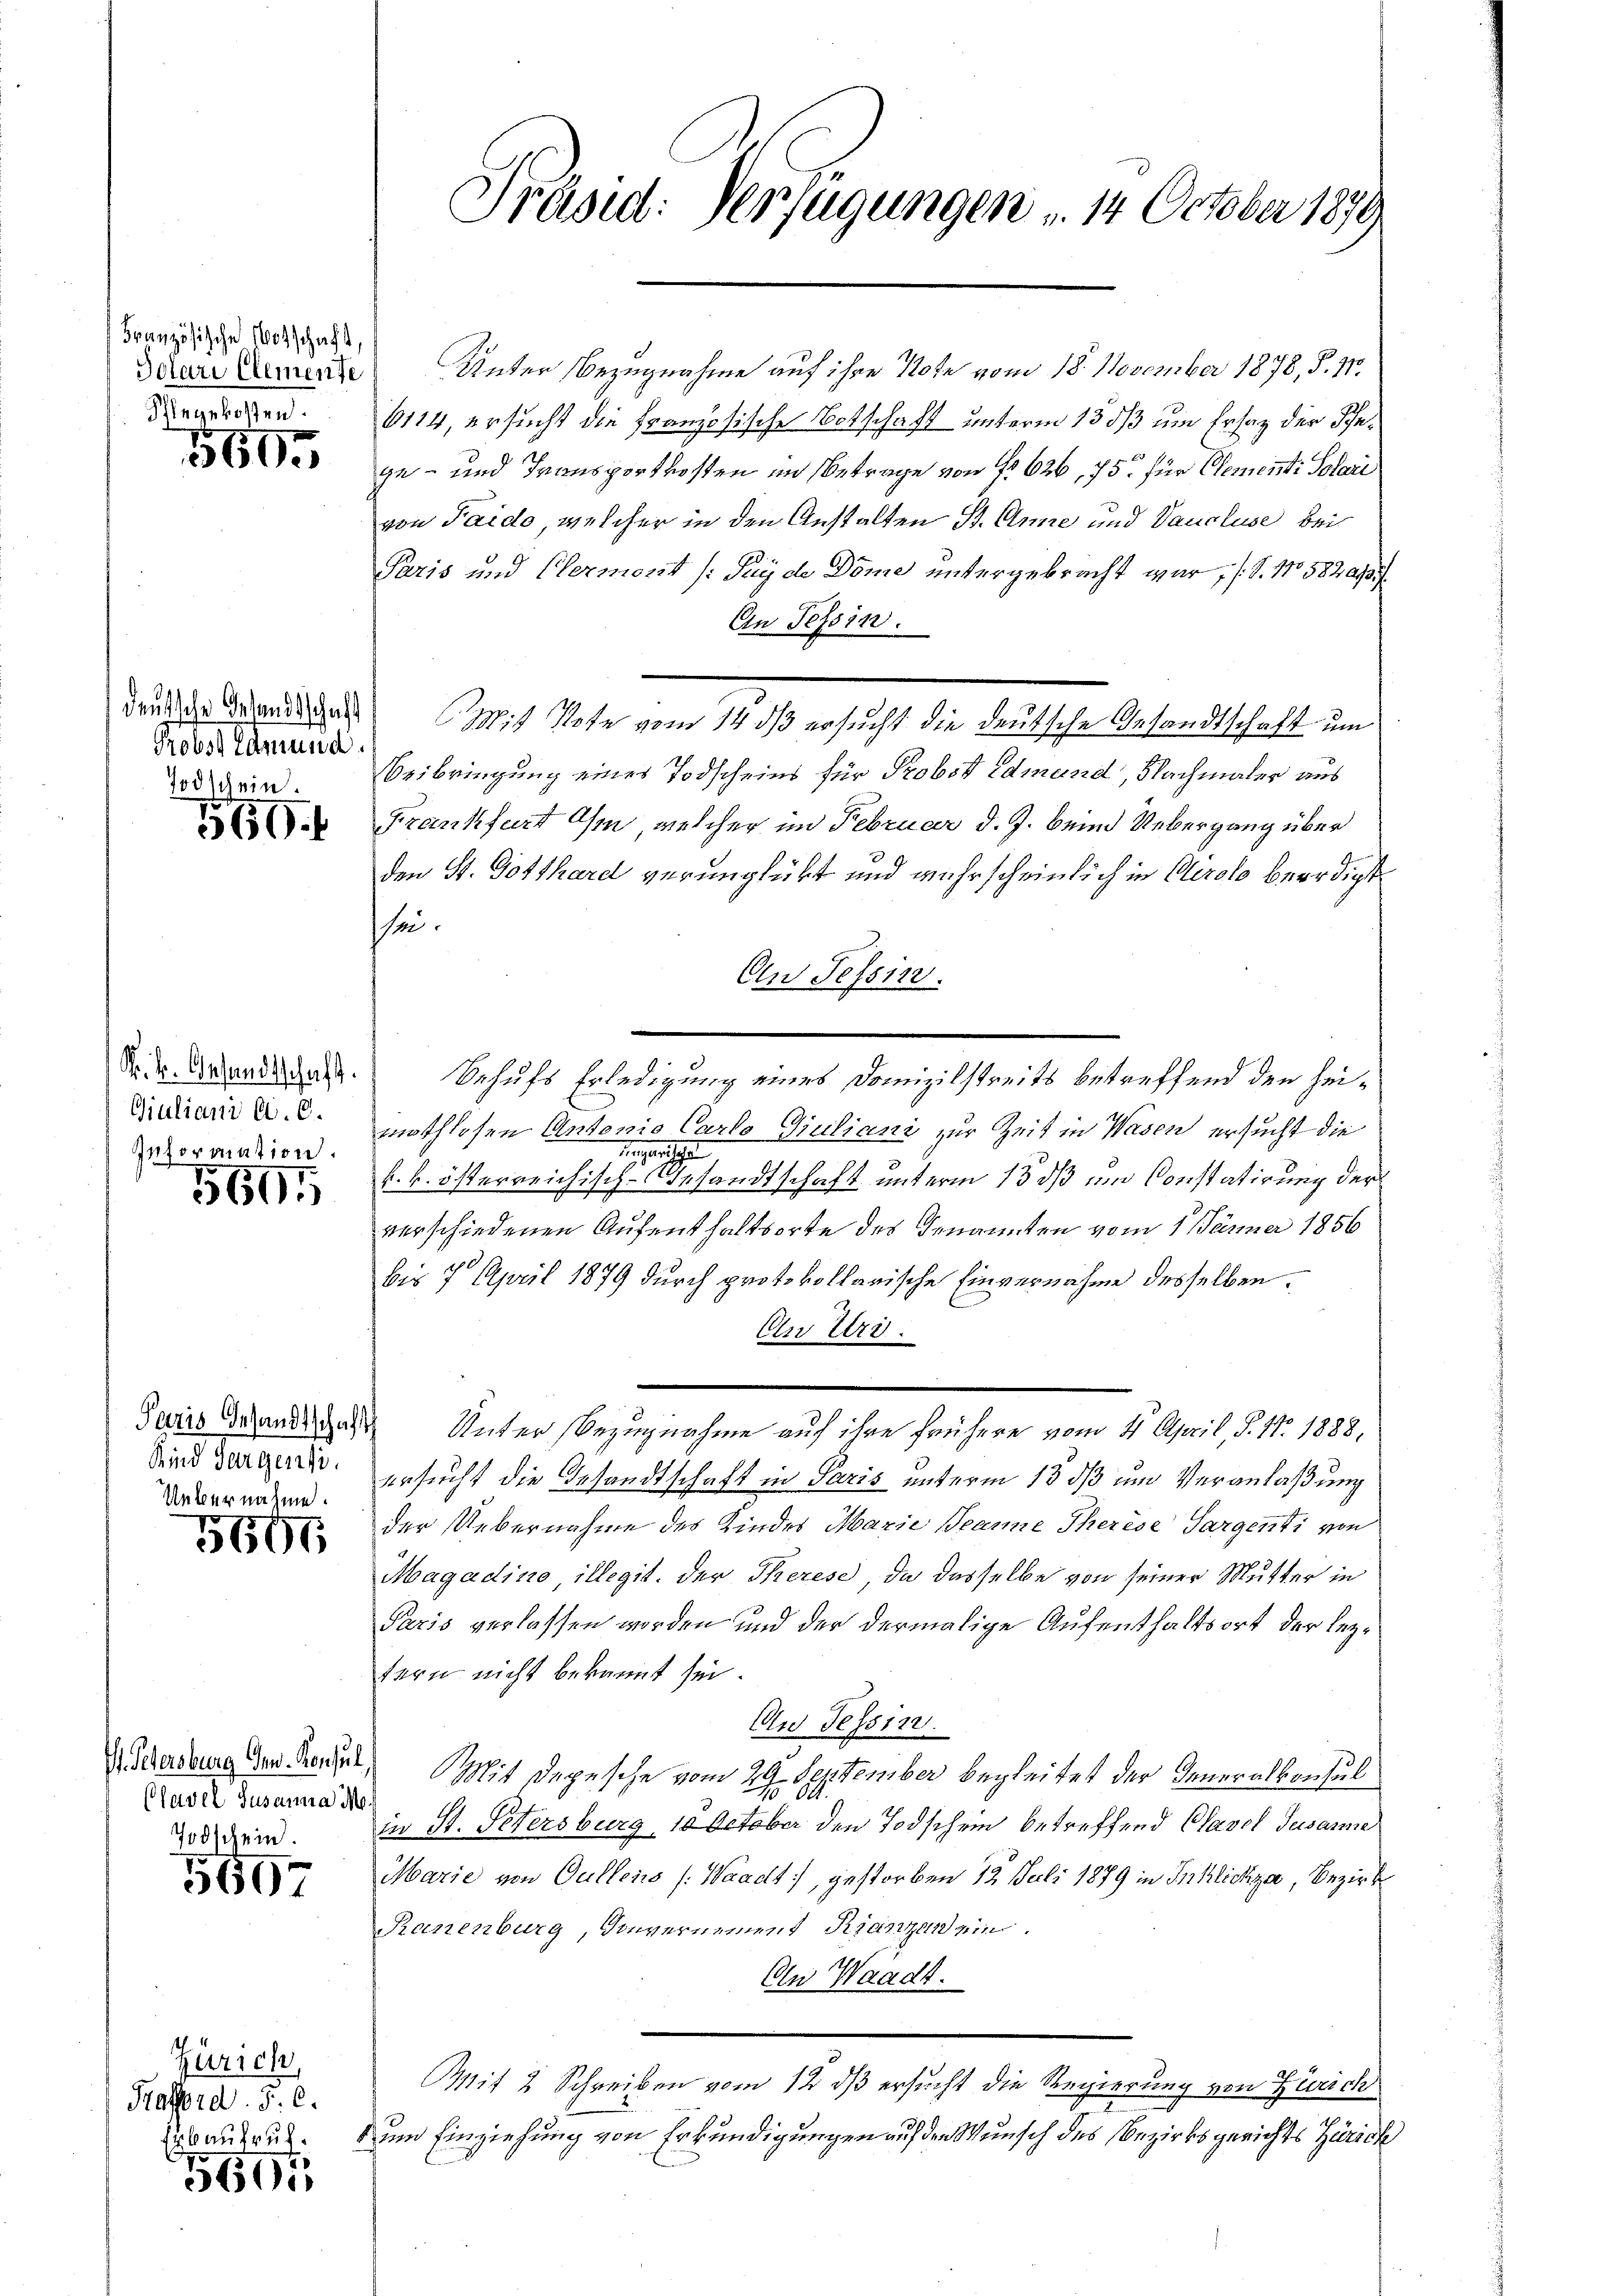
Französische Botschaft,
Singebotten.

5605

Probst Edmund.
Todschein

560.

K. k. Gesandtschaft.
Giuliani a. O.
Information.

5605

Kind dargensi
Uebernahme.

5696

Clavel, Susanna Mo
Todschein.

5697

Zürich,
Hrafford. J. C.
Erbausruh.

691

Scare Armens Unter Bezugnahme auf ihre Note vom 18. November 1878, §. 11.
6114, ersucht die Französische Botschaft unterm 13 dß um Ersaz der Schege- und Transportkosten im Betrage von 626, 75. für Element: Solari
von Paido, welcher in den Anstalten St. Anne und Vaucluse bei
Paris und Clermont /: Peyde Dome untergebracht war, (S. 1582 f
An Tessin.
deuche Beendigen Mit Note vom 14 dß ersucht die deutsche Gesandtschaft um
Beibringung eines Todscheins für Probst edmund, Nachmaler aus
Frankfurt Ohm, welcher im Februar d. J. beim Uebergang über
den St. Gotthard verunglückt und wahrscheinlich in Cerolo beerdigt
sen.
An Tessin.
Behufs Erledigung eines Domizilstreits betreffend den Heimothlosen Antonio Carlo Giuliani zur Zeit in Wasen ersucht die

k. k. österreichisch-Gesandtschaft unterm 13 dß um Constatirung der
verschiedenen Aufenthaltsorte des Genannten vom 1. Jänner 1856
bis 7 April 1879 durch protokollarische Einvernahme desselben.
CUri.
Juris Brand das Unter Bezugnahme auf ihre frühere vom 4. April, S. 11. 1888,
ersucht die Gesandtschaft in Paris unterm 13. ds um Veranlaßung
der Uebernahme des Kindes Marie Beanne Therese Sargenti von
Magadino, illegit. der Therese, da dasselbe von seiner Mutter in
Paris verlassen worden und der dermalige Aufenthaltsort der leztern nicht bekannt sei.
An Tessin.
Aderdrung der Rede Mit Depesche vom 29. September begleitet der Inneralkonsul
1.
in St. Petersburg, 10 October den Todschein betreffend Clavel Gesanne
Marie von Gullens (Waadt, gestorben 12. Juli 1879 in Inhlichza, Bezirks
Ranenburg, Souvernement Kranzen ein
An Waadt.
Mit 2 Schreiben vom 12. ds ersucht die Regierung von Zürich
den Einziehung von Erkundigungen auf den Wunsch des Bezirksgerichts Zürich

Präsid. Verfügungen " 14. October 1879.